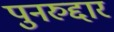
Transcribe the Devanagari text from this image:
पुनरुद्दार